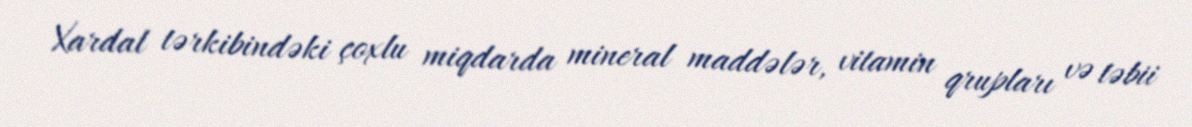
Xardal tərkibindəki çoxlu miqdarda mineral maddələr, vitamin qrupları və təbii